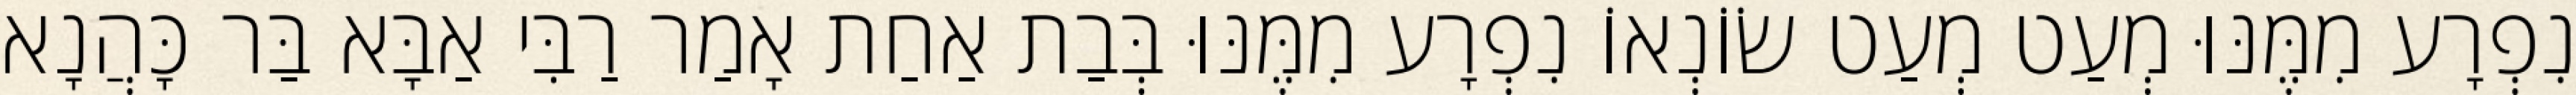
נִפְרָע מִמֶּנּוּ מְעַט מְעַט שׂוֹנְאוֹ נִפְרָע מִמֶּנּוּ בְּבַת אַחַת אָמַר רַבִּי אַבָּא בַּר כָּהֲנָא